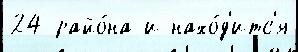
24 райо́на и нахо́д'итс'я